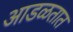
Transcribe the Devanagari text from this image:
अाडळतात